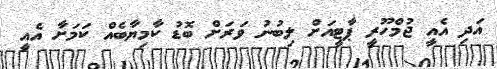
އަދި އެއީ ޖުމްހޫރީ ޕާޓީއަށް ލިބުނު ވަރަށް ބޮޑު ކާމިޔާބެއް ކަމަށާ އެއީ